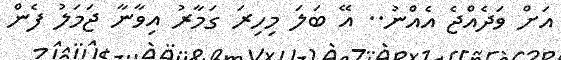
އަށް ވަދެއްޖެ އެއްނު.. އޭ ބަލަ މިހިރަ ގަމާރު އިވާނާ ޖަމަލު ފެން